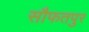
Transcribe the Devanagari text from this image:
सौफतपुर